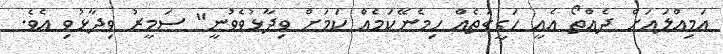
އަމިއްލައަށް ދެއްތޯ އެއީ ހަގީގަތެއް ހިމެނޭކަމެއް ކަމަށް ވިދާޅުވެވުނީ" ސަމީރު ވިދާޅުވި އެވެ.